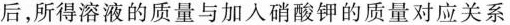
后，所得溶液的质量与加入硝酸钾的质量对应关系